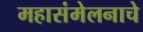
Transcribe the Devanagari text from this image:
महासंमेलनाचे